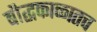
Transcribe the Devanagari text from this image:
बौद्धकाळातच